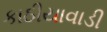
કાઠીયાવાડી